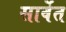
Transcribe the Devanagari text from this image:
सार्वेत